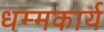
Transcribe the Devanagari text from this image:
धम्मकार्य